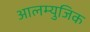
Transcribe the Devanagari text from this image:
आलम्युजिक